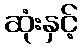
ဆုံးနှင့်